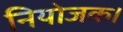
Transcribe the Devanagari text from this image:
नियोजक।